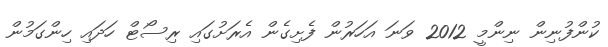
ކުންފުނިން ނިންމީ 2012 ވަނަ އަހަރުން ފެށިގެން އެރަށުގައި ރިސޯޓް ހަދައި ހިންގަމުން